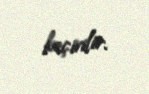
keçirilir.